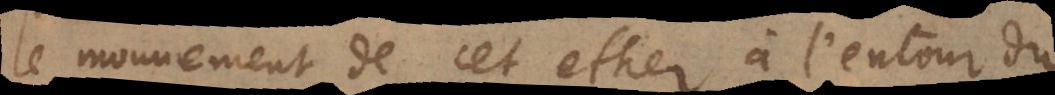
le mouvement de cet ether à l’entour du